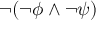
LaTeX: \lnot ( \lnot \phi \land \lnot \psi )